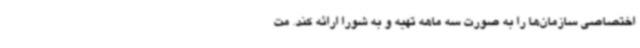
اختصاصی سازمان‌ها را به صورت سه ماهه تهیه و به شورا ارائه کند. مت